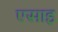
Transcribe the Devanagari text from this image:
एसाइ